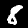
Digit: 8